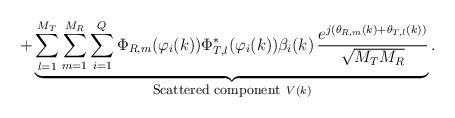
LaTeX: \begin{align*}+ \underbrace{\sum_{l=1}^{M_{T}} \sum_{m=1}^{M_{R}} \sum_{i=1}^{Q} \Phi_{R,m}(\varphi_{i}(k)) \Phi^{*}_{T,l}(\varphi_{i}(k)) \beta_{i}(k) \, \frac{e^{j(\theta_{R,m}(k)+\theta_{T,l}(k))}}{\sqrt{M_{T} M_{R}}}}_{\mbox{{\fontsize{0.35cm}{1em}\selectfont Scattered component}} \,\,\, V(k)}.\end{align*}